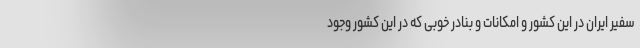
سفیر ایران در این کشور و امکانات و بنادر خوبی که در این کشور وجود